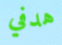
هدفي